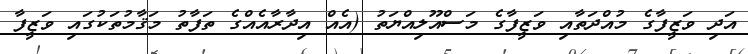
އަދި ވަޒީފާގެ މުއްދަތާއި ވަޒީފާގެ މަސްއޫލިއްޔަތު (އެއް އިދާރާއެއްގެ ތަފާތު މަޤާމުތަކުގައި ވަޒީފާ